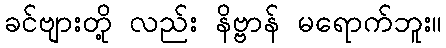
ခင်ဗျားတို့ လည်း နိဗ္ဗာန် မရောက်ဘူး။